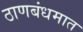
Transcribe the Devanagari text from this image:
ठाणबंधमात